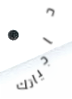
حاجياتك